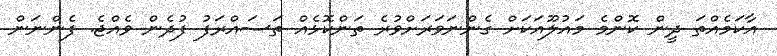
އާކަމެއްތަ ދީން ކޮންމެ މައުލޫއަކަށް ގެންނަވަރަށްވުރެ ތަންކޮޅެއް ތަސައްރަފު ފުދެން ވެއްޖެ. ފެންނަން